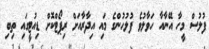
ފުލުސް މީހާ އޭނާއާ ހަވާލުވެ ފުލުހުންގެ މައި އިދާރާއަށް ރިޕޯޓްކޮށް ޑިއުޓީގައި ތިބި